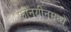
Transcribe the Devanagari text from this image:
फीनयीनमध्ये